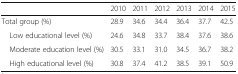
<table><thead><tr><td></td><td><b>2010</b></td><td><b>2011</b></td><td><b>2012</b></td><td><b>2013</b></td><td><b>2014</b></td><td><b>2015</b></td></tr></thead><tbody><tr><td>Total group (%)</td><td>28.9</td><td>34.6</td><td>34.4</td><td>36.4</td><td>37.7</td><td>42.5</td></tr><tr><td> Low educational level (%)</td><td>24.6</td><td>34.8</td><td>33.7</td><td>38.4</td><td>37.6</td><td>38.6</td></tr><tr><td> Moderate education level (%)</td><td>30.5</td><td>33.1</td><td>31.0</td><td>34.5</td><td>36.7</td><td>38.2</td></tr><tr><td> High educational level (%)</td><td>30.8</td><td>37.4</td><td>41.2</td><td>38.5</td><td>39.1</td><td>50.9</td></tr></tbody></table>